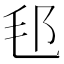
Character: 𣬤